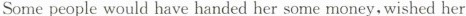
Some people would have handed her some money,wished her